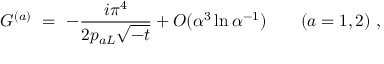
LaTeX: G ^ { ( a ) } \ = \ - \frac { i \pi ^ { 4 } } { 2 p _ { a L } \sqrt { - t } } + O ( \alpha ^ { 3 } \ln \alpha ^ { - 1 } ) \ \ \ \ \ \ ( a = 1 , 2 ) \ ,